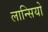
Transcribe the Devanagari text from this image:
लान्सियो